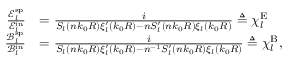
\begin{array} { r l } { \frac { \mathcal { E } _ { l } ^ { \mathrm { s p } } } { \mathcal { E } _ { l } ^ { \mathrm { i n } } } } & { = \frac { i } { S _ { l } ( n k _ { 0 } R ) \xi _ { l } ^ { \prime } ( k _ { 0 } R ) - n S _ { l } ^ { \prime } ( n k _ { 0 } R ) \xi _ { l } ( k _ { 0 } R ) } \triangleq \chi _ { l } ^ { \mathrm { E } } } \\ { \frac { \mathcal { B } _ { l } ^ { \mathrm { s p } } } { \mathcal { B } _ { l } ^ { \mathrm { i n } } } } & { = \frac { i } { S _ { l } ( n k _ { 0 } R ) \xi _ { l } ^ { \prime } ( k _ { 0 } R ) - n ^ { - 1 } S _ { l } ^ { \prime } ( n k _ { 0 } R ) \xi _ { l } ( k _ { 0 } R ) } \triangleq \chi _ { l } ^ { \mathrm { B } } , } \end{array}